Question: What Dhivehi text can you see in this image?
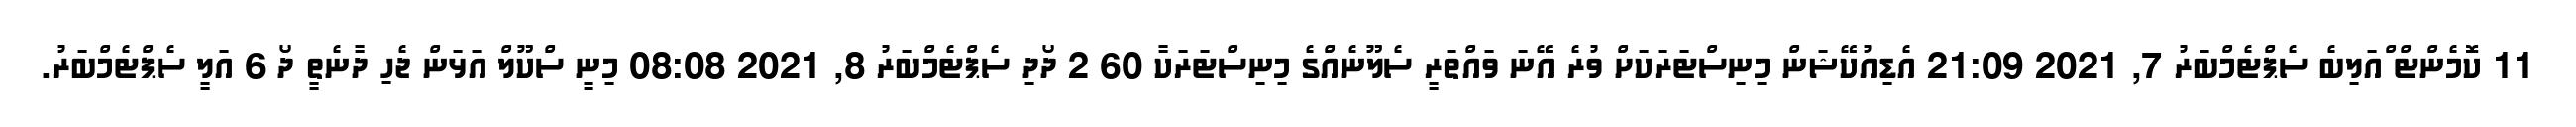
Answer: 11 ކޮމެންޓް ްއަލިބެ ސެޕްޓެމްބަރު 7, 2021 21:09 އެޑިއުކޭޝަން މިނިސްޓަރަކަށް ވުރެ އޭނަ ވައްތަރީ ސެލޫނެއްގެ މިނިސްޓަރަކާ 60 2 ދޯދި ސެޕްޓެމްބަރު 8, 2021 08:08 މިނީ ސްކޫލް އަޅަން ޖެހި ދާނެތީ ދޯ 6 އަލީ ސެޕްޓެމްބަރު.